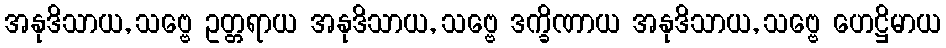
အနုဒိသာယ, သဗ္ဗေ ဥတ္တရာယ အနုဒိသာယ, သဗ္ဗေ ဒက္ခိဏာယ အနုဒိသာယ, သဗ္ဗေ ဟေဋ္ဌိမာယ